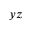
y z